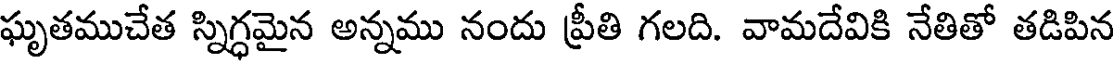
ఘృతముచేత స్నిగ్ధమైన అన్నము నందు ప్రీతి గలది. వామదేవికి నేతితో తడిపిన